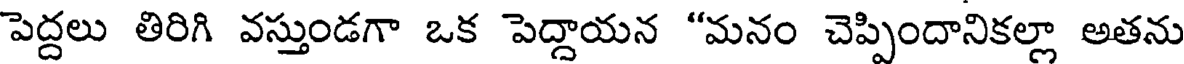
పెద్దలు తిరిగి వస్తుండగా ఒక పెద్దాయన "మనం చెప్పిందానికల్లా అతను